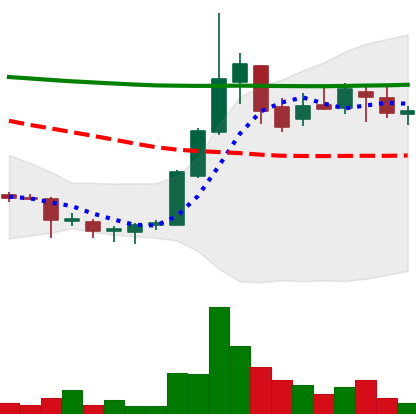
Ticker: DOGE-USD
Chart end date: 2018-07-27
Forward return: -7.548%
Label: down_7plus